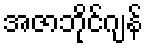
အဇာဘိုင်ဂျန်